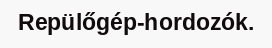
Repülőgép-hordozók.